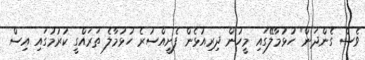
ވެސް ގެންދަން" ހުޅުމާލޭގައި މީހުން ދިރިއުޅެން ފެށީއްސުރެ ހުޅުމާލެ ތަރައްގީ ކުރުމުގައި އިސް